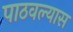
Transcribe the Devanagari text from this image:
पाठवल्‍यास